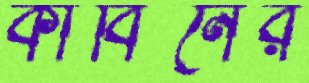
কাবিনের